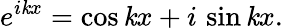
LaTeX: e^{i\mathit{k}x}=\cos\mathit{k}x+i\, \sin\mathit{k}x.